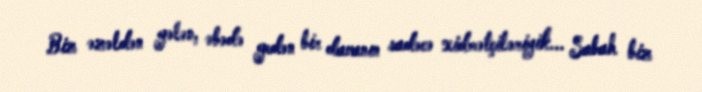
Biz əzəldən gələn, əbədə gedən bir davanın sadəcə xidmətçiləriyik... Sabah biz